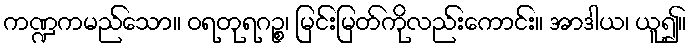
ကဏ္ဍကမည်သော။ ဝရတုရဂဉ္စ၊ မြင်းမြတ်ကိုလည်းကောင်း။ အာဒါယ၊ ယူ၍။